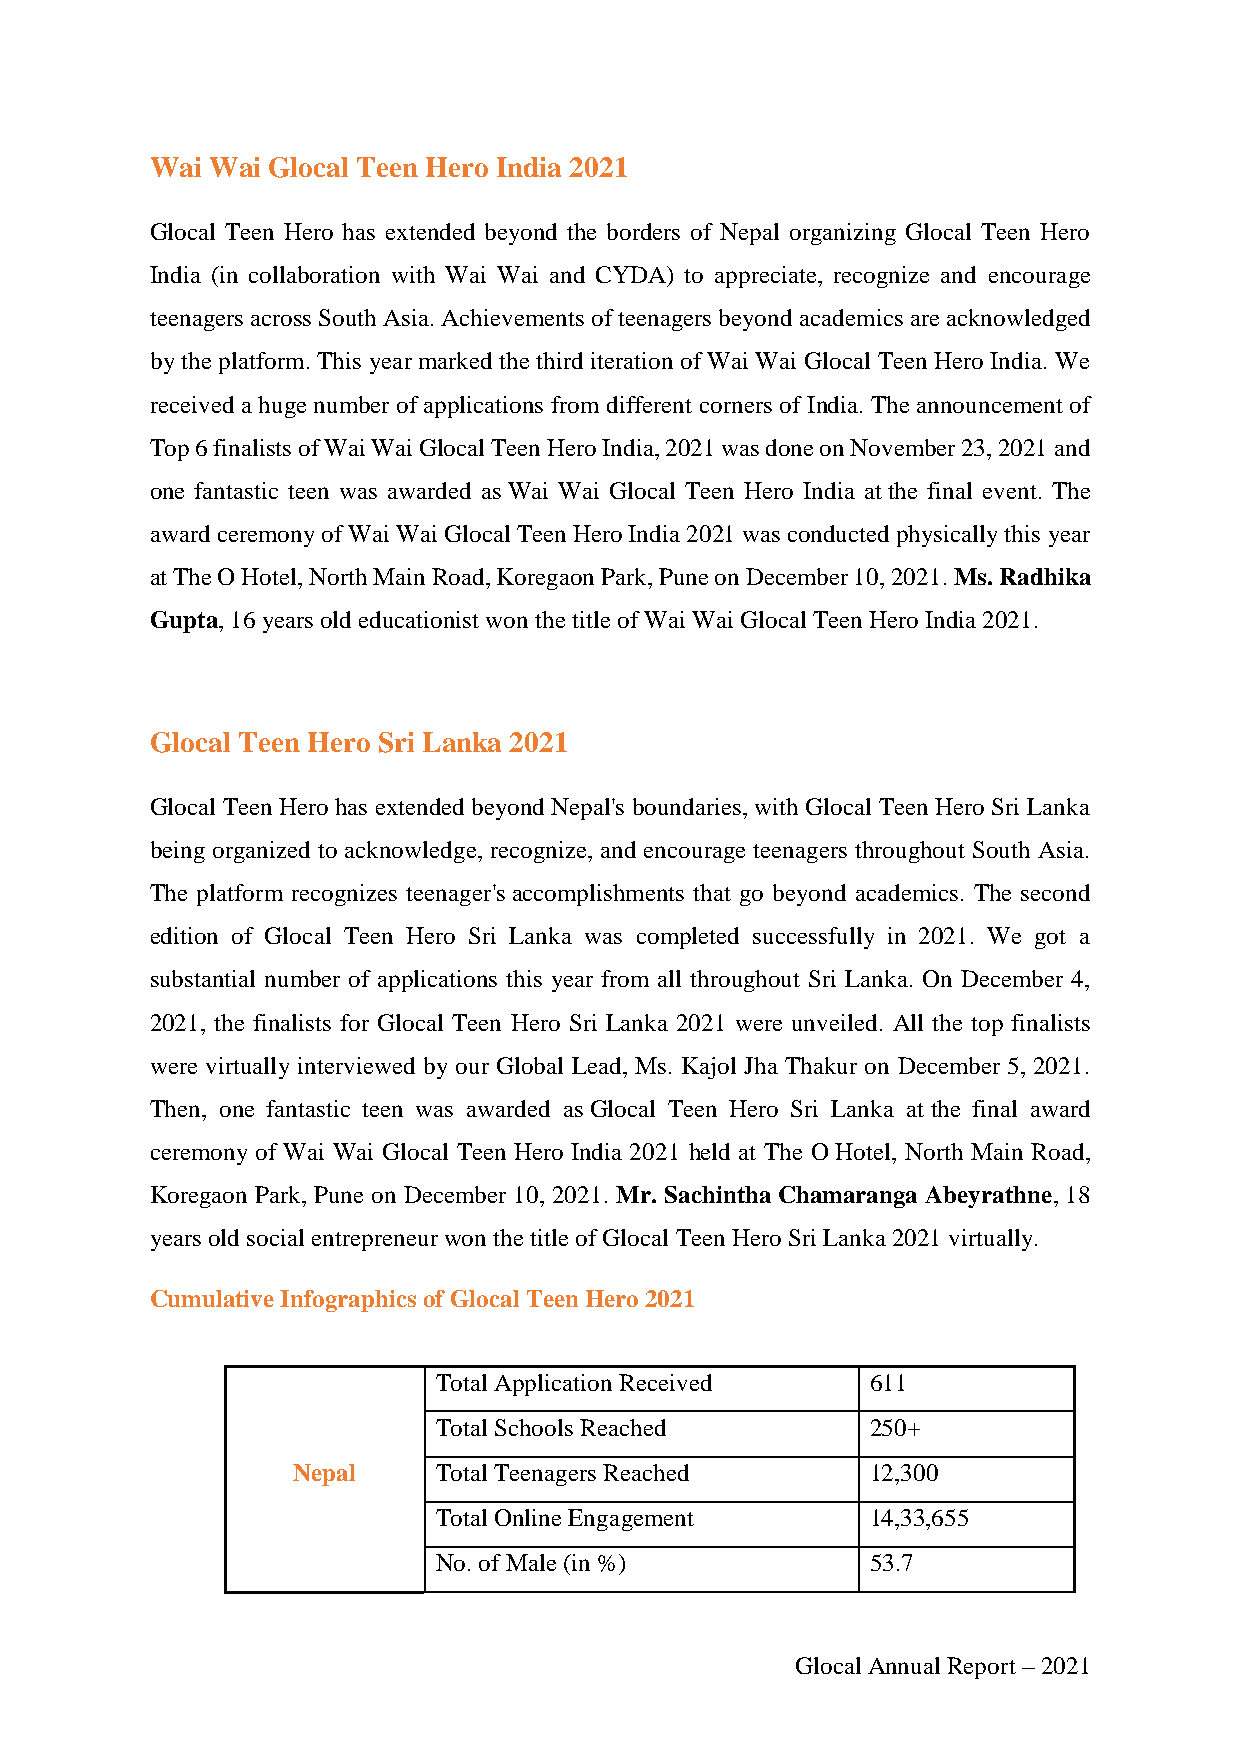
Wai Wai Glocal Teen Hero India 2021
 Glocal Teen Hero has extended beyond the borders of Nepal organizing Glocal Teen Hero
 India (in collaboration with Wai Wai and CYDA) to appreciate, recognize and encourage
 teenagers across South Asia. Achievements of teenagers beyond academics are acknowledged
 by the platform. This year marked the third iteration of Wai Wai Glocal Teen Hero India. We
 received a huge number of applications from different corners of India. The announcement of
 Top 6 finalists of Wai Wai Glocal Teen Hero India, 2021 was done on November 23, 2021 and
 one fantastic teen was awarded as Wai Wai Glocal Teen Hero India at the final event. The
 award ceremony of Wai Wai Glocal Teen Hero India 2021 was conducted physically this year
 at The O Hotel, North Main Road, Koregaon Park, Pune on December 10, 2021. Ms. Radhika
 Gupta, 16 years old educationist won the title of Wai Wai Glocal Teen Hero India 2021.
 Glocal Teen Hero Sri Lanka 2021
 Glocal Teen Hero has extended beyond Nepal's boundaries, with Glocal Teen Hero Sri Lanka
 being organized to acknowledge, recognize, and encourage teenagers throughout South Asia.
 The platform recognizes teenager's accomplishments that go beyond academics. The second
 edition of Glocal Teen Hero Sri Lanka was completed successfully in 2021. We got a
 substantial number of applications this year from all throughout Sri Lanka. On December 4,
 2021, the finalists for Glocal Teen Hero Sri Lanka 2021 were unveiled. All the top finalists
 were virtually interviewed by our Global Lead, Ms. Kajol Jha Thakur on December 5, 2021.
 Then, one fantastic teen was awarded as Glocal Teen Hero Sri Lanka at the final award
 ceremony of Wai Wai Glocal Teen Hero India 2021 held at The O Hotel, North Main Road,
 Koregaon Park, Pune on December 10, 2021. Mr. Sachintha Chamaranga Abeyrathne, 18
 years old social entrepreneur won the title of Glocal Teen Hero Sri Lanka 2021 virtually.
 Cumulative Infographics of Glocal Teen Hero 2021
 Total Application Received   611
 Total Schools Reached        250+
 Nepal     Total Teenagers Reached      12,300
 Total Online Engagement      14,33,655
 No. of Male (in %)           53.7
 Glocal Annual Report – 2021